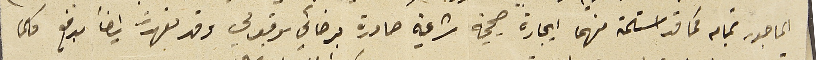
الماجور عما به كما قد استلمته منهما ايجارة صحيحة شرعية صادرة برضائي وقبولي وقد تعهدت ايضاً بدفع كلما